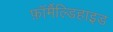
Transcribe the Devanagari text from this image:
फ़ॉर्मैल्डिहाइड